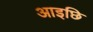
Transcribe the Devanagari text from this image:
आइछि